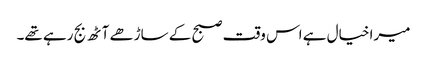
میرا خیال ہے اس وقت صبح کے ساڑھے آٹھ بج رہے تھے۔